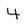
Character: 4